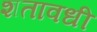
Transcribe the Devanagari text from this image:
शतावधी